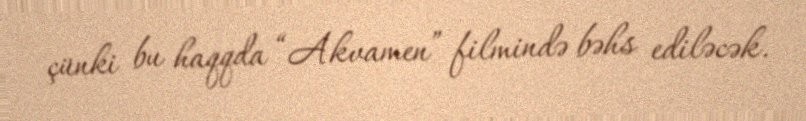
çünki bu haqqda “Akvamen” filmində bəhs ediləcək.